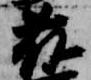
藤